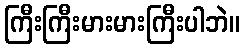
ကြီးကြီးမားမားကြီးပါဘဲ။